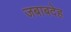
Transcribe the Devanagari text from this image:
जबाबदेह